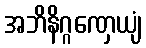
အဘိနိဂ္ဂဏှေယျံ